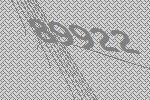
89922